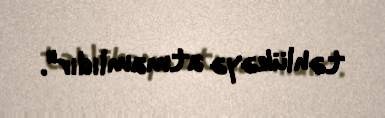
təhlükəyə atmamlıdır".